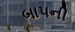
બાપની